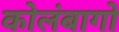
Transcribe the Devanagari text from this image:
कोलंबागो